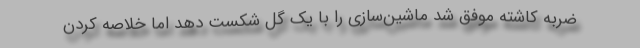
ضربه کاشته موفق شد ماشین‌سازی را با یک گل شکست دهد اما خلاصه کردن